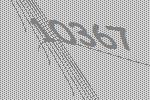
10367